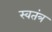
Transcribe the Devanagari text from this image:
स्वतंत्र